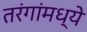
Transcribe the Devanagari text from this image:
तरंगांमध्ये